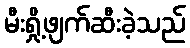
မီးရှို့ဖျက်ဆီးခဲ့သည်